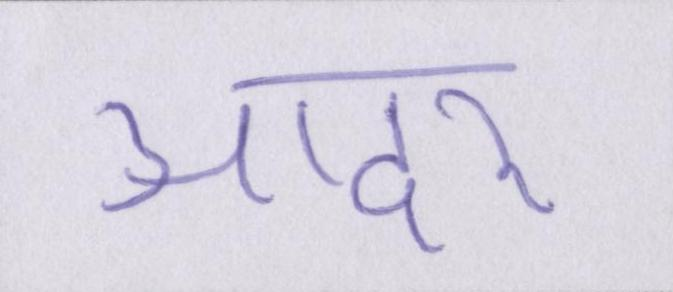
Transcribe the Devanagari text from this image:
आदर